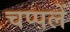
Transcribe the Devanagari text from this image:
चप्‍पलें